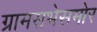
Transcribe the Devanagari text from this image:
ग्रामसभेसमोर